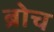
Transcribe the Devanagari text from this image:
ब्रोच